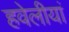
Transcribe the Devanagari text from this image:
हवेलीयां